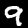
Label: 9